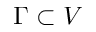
\Gamma \subset V